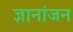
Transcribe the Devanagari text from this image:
ज्ञानांजन